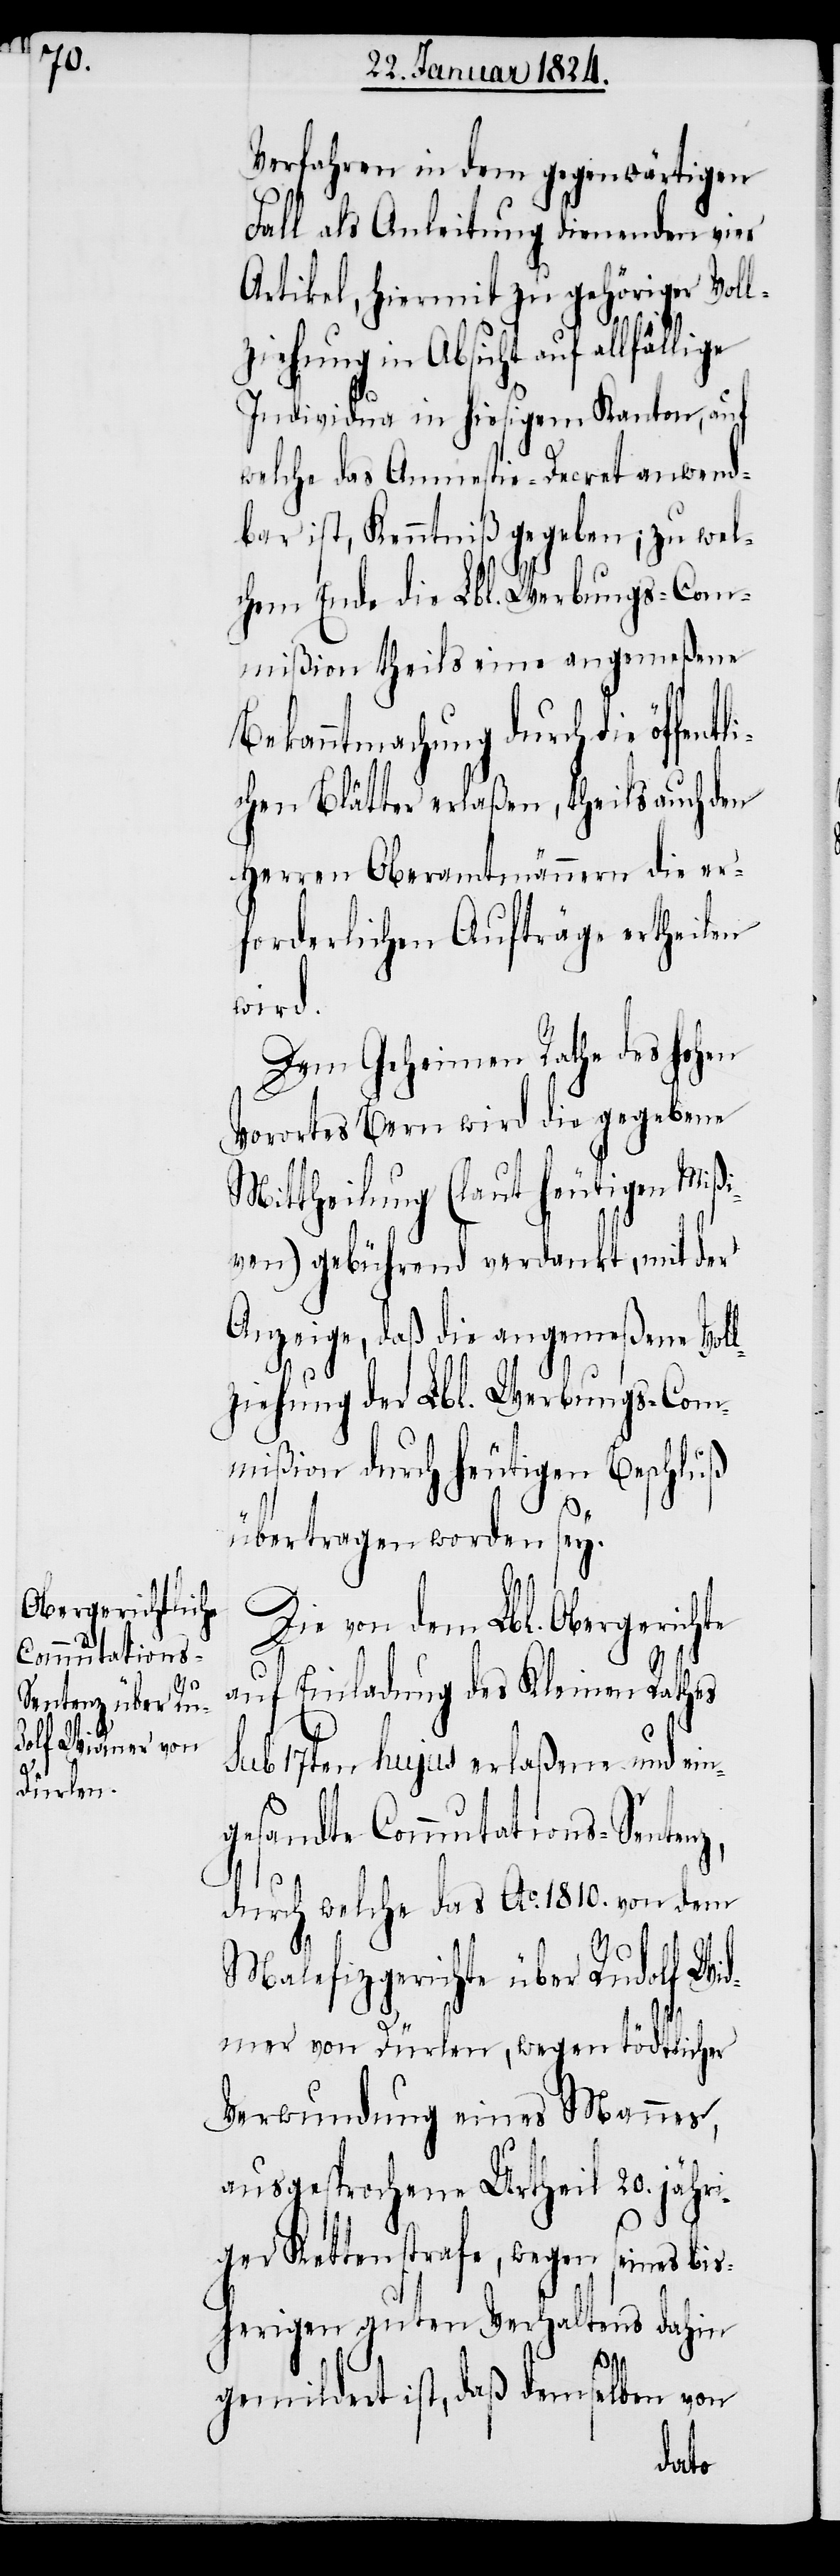
Verfahren in dem gegenwärtigen
Fall als Anleitung dienenden vier
Artikel, hiermit zu gehöriger Voll¬
ziehung in Absicht auf allfäl¬
Individua in hiesigem Kanton, auf
welche das Amnestie-Decret anwend¬
bar ist, Kenntniß gegeben; zu wel¬
chem Ende die Lbl. Werbungs-Com¬
mißion theils eine angemeßene
Bekanntmachung durch die öffen¬
ichen Blätter erlaßen, theils auch den
Herren Oberamtmännern die er¬
forderlichen Aufträge ertheilen
wird.
Dem Geheimen Rathe des hohen
Vorortes Bern wird gegebene
Mittheilung (laut heutigen Miß¬
iven) gebührend verdankt, mit der
Anzeige, daß die angemeßene Vol¬
lziehung der Lbl. Werbungs-Com¬
mißion durch heutigen Beschluß
übertragen worden sey.
Die von dem Lbl. Obergerichte
auf Einladung des Kleinen Rathes
sub 17ten hujus erlaßene und ein¬
gesandte Commutations-Sentenz,
durch welche das Ao. 1810. von dem
Malefizgerichte über Rudolf Wid¬
mer von Dürlen, wegen tödtlicher
Verwundung eines Mannes,
ausgesprochene Urtheil 20. jähri¬
ger Kettenstrafe, wegen seines bis¬
herigen guten Verhaltens dahin
tl¬
gemildert ist, daß demselben von